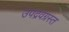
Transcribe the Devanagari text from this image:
उपद्रवग्रस्त